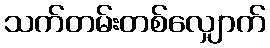
သက်တမ်းတစ်လျှောက်